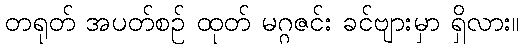
တရုတ် အပတ်စဉ် ထုတ် မဂ္ဂဇင်း ခင်ဗျားမှာ ရှိလား။